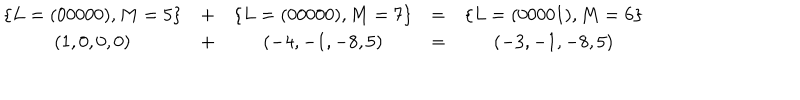
\begin{array} { c c c c c } { { \{ L = ( 0 0 0 0 0 ) , M = 5 \} } } & { { + } } & { { \{ L = ( 0 0 0 0 0 ) , M = 7 \} } } & { { = } } & { { \{ L = ( 0 0 0 0 1 ) , M = 6 \} \nonumber } } \\ { { ( 1 , 0 , 0 , 0 ) } } & { { + } } & { { ( - 4 , - 1 , - 8 , 5 ) } } & { { = } } & { { ( - 3 , - 1 , - 8 , 5 ) } } \\ \end{array}